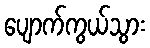
ပျောက်ကွယ်သွား